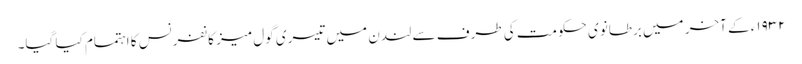
١٩٣٢ء کے آخر میں برطانوی حکومت کی طرف سے لندن میں تیسری گول میز کانفرنس کا اہتمام کیا گیا۔